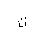
Letter: _ta